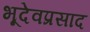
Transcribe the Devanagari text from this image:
भूदेवप्रसाद